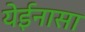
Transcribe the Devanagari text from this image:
येईनासा